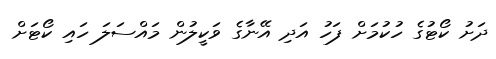
ދަށު ކޯޓުގެ ހުކުމަށް ފަހު އަދި އޭނާގެ ވަކީލުން މައްސަލަ ހައި ކޯޓަށް